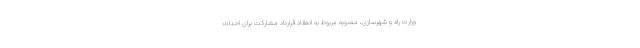
وزارت راه و شهرسازی، مصوبه مربوط به انعقاد قرارداد مشارکت برای احداث